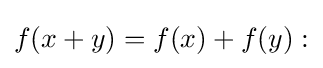
f(x+y)=f(x)+f(y):